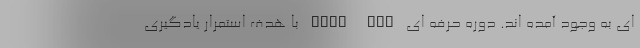
ای به وجود آمده اند. دوره حرفه ای Post DBA با هدف استمرار یادگیری